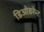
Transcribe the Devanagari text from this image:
डिओडरेन्ट